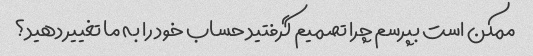
ممکن است بپرسم چرا تصمیم گرفتید حساب خود را به ما تغییر دهید؟